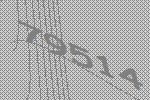
79514